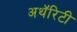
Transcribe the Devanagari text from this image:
अथॅरिटी